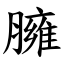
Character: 臃